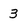
Character: 3